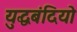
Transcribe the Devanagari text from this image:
युद्धबंदियो